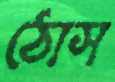
ঠোস